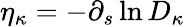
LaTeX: \eta_{\kappa}=-\partial_{s}\ln D_{\kappa}